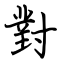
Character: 對